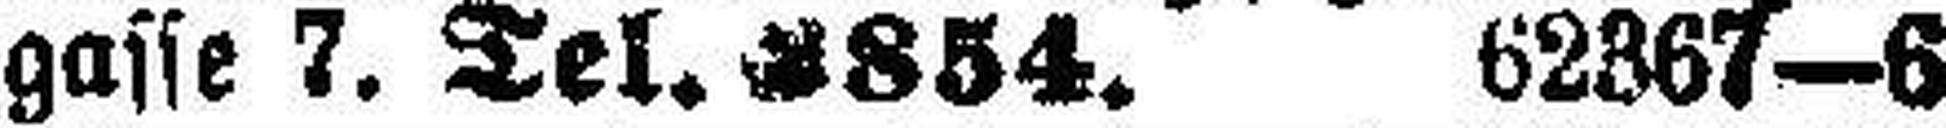
gasse 7. Tel. 2854. 62367—6